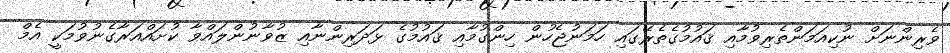
ވެރިންނަށް ނުކިއަމަންތެރިވުމާއި ޤައުމުގެތެރޭގައި ހަމަނުޖެހުން ހިންގުމާއި ޤައުމުގެ ޅަދަރިންނާއި ޒުވާނުންލައްވާ ކުށައްއަރާގެނުވުމަކީ އެމް